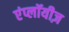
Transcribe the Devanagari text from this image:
एंप्लॉयीज़